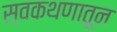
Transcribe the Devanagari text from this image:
स्वकथणातून